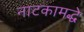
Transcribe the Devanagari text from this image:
नाटकामद्धे